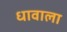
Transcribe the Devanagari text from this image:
धावाला